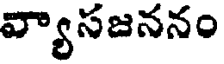
వ్యాసజననం